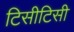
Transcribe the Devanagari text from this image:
टिसीटिसी